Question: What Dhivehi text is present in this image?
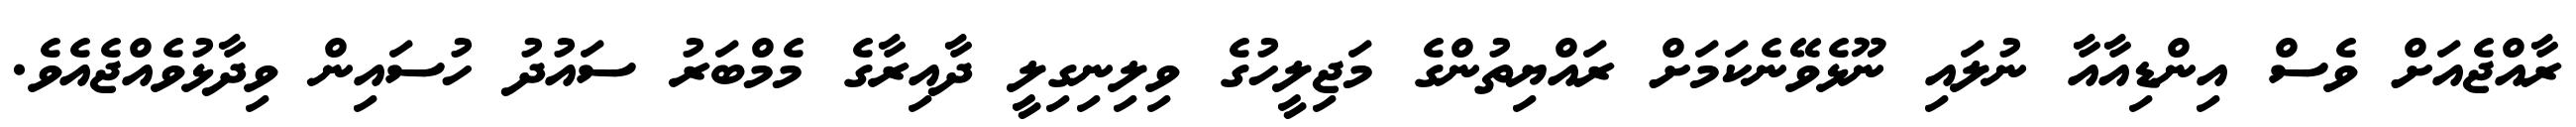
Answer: ރާއްޖެއަށް ވެސް އިންޑިއާއާ ނުލައި ނޫޅެވޭނެކަމަށް ރައްޔިތުންގެ މަޖިލީހުގެ ވިލިނިގިލީ ދާއިރާގެ މެމްބަރު ސައުދު ހުސައިން ވިދާޅުވެއްޖެއެވެ.